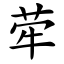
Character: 荦